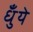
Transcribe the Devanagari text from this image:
धुँये